Elephants and their diseases
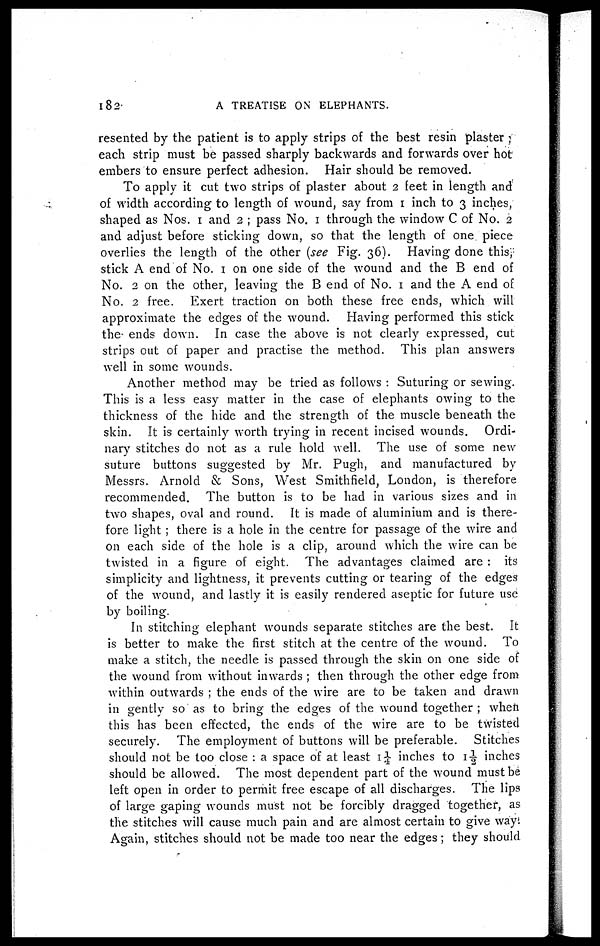
182
A TREATISE ON ELEPHANTS.
resented by the patient is to apply strips of the best resin plaster
each strip must be passed sharply backwards and forwards over hot
embers to ensure perfect adhesion. Hair should be removed.
To apply it cut two strips of plaster about 2 feet in length and
of width according to length of wound, say from 1 inch to 3 inches
shaped as Nos. 1 and 2 ; pass No. 1 through the window C of No. 2
and adjust before sticking down, so that the length of one piece
overlies the length of the other [see Fig. 36). Having done this;
stick A end of No. 1 on one side of the wound and the B end of
No. 2 on the other, leaving the B end of No. 1 and the A end of
No. 2 free. Exert traction on both these free ends, which will
approximate the edges of the wound. Having performed this stick
the ends down. In case the above is not clearly expressed, cut
strips out of paper and practise the method. This plan answers
well in some wounds.
Another method may be tried as follows : Suturing or sewing.
This is a less easy matter in the case of elephants owing to the
thickness of the hide and the strength of the muscle beneath the
skin. It is certainly worth trying in recent incised wounds. Ordi-
nary stitches do not as a rule hold well. The use of some new
suture buttons suggested by Mr. Pugh, and manufactured by
Messrs. Arnold & Sons, West Smithfield, London, is therefore
recommended. The button is to be had in various sizes and in
two shapes, oval and round. It is made of aluminium and is there-
fore light ; there is a hole in the centre for passage of the wire and
on each side of the hole is a clip, around which the wire can be
twisted in a figure of eight. The advantages claimed are : its
simplicity and lightness, it prevents cutting or tearing of the edges
of the wound, and lastly it is easily rendered aseptic for future use
by boiling.
In stitching elephant wounds separate stitches are the best. It
is better to make the first stitch at the centre of the wound. To
make a stitch, the needle is passed through the skin on one side of
the wound from without inwards ; then through the other edge from
within outwards ; the ends of the wire are to be taken and drawn
in gentlv so as to bring the edges of the wound together ; when
this has been effected, the ends of the wire are to be twisted
securely. The employment of buttons will be preferable. Stitches
should not be too close : a space of at least 1¼ inches to 1½ inches
should be allowed. The most dependent part of the wound must be
left open in order to permit free escape of all discharges. The lips
of large gaping wounds must not be forcibly dragged together, as
the stitches will cause much pain and are almost certain to give way
Again, stitches should not be made too near the edges; they should